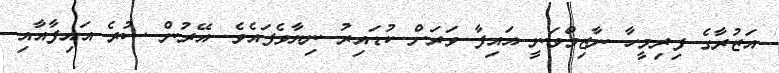
އަޒުރާގެ ފިރިމީހާ ނާޒިމްވަނީ އައިފާ ވަރަށް ކުޑައިރު ނިޔާވެފައެވެ. އޭރުން ސުރެ އައިފާއާއި